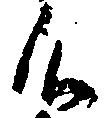
候